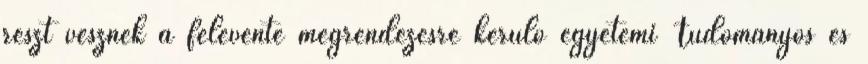
részt vesznek a félévente megrendezésre kerülő egyetemi Tudományos és